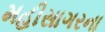
મહીસાગરના